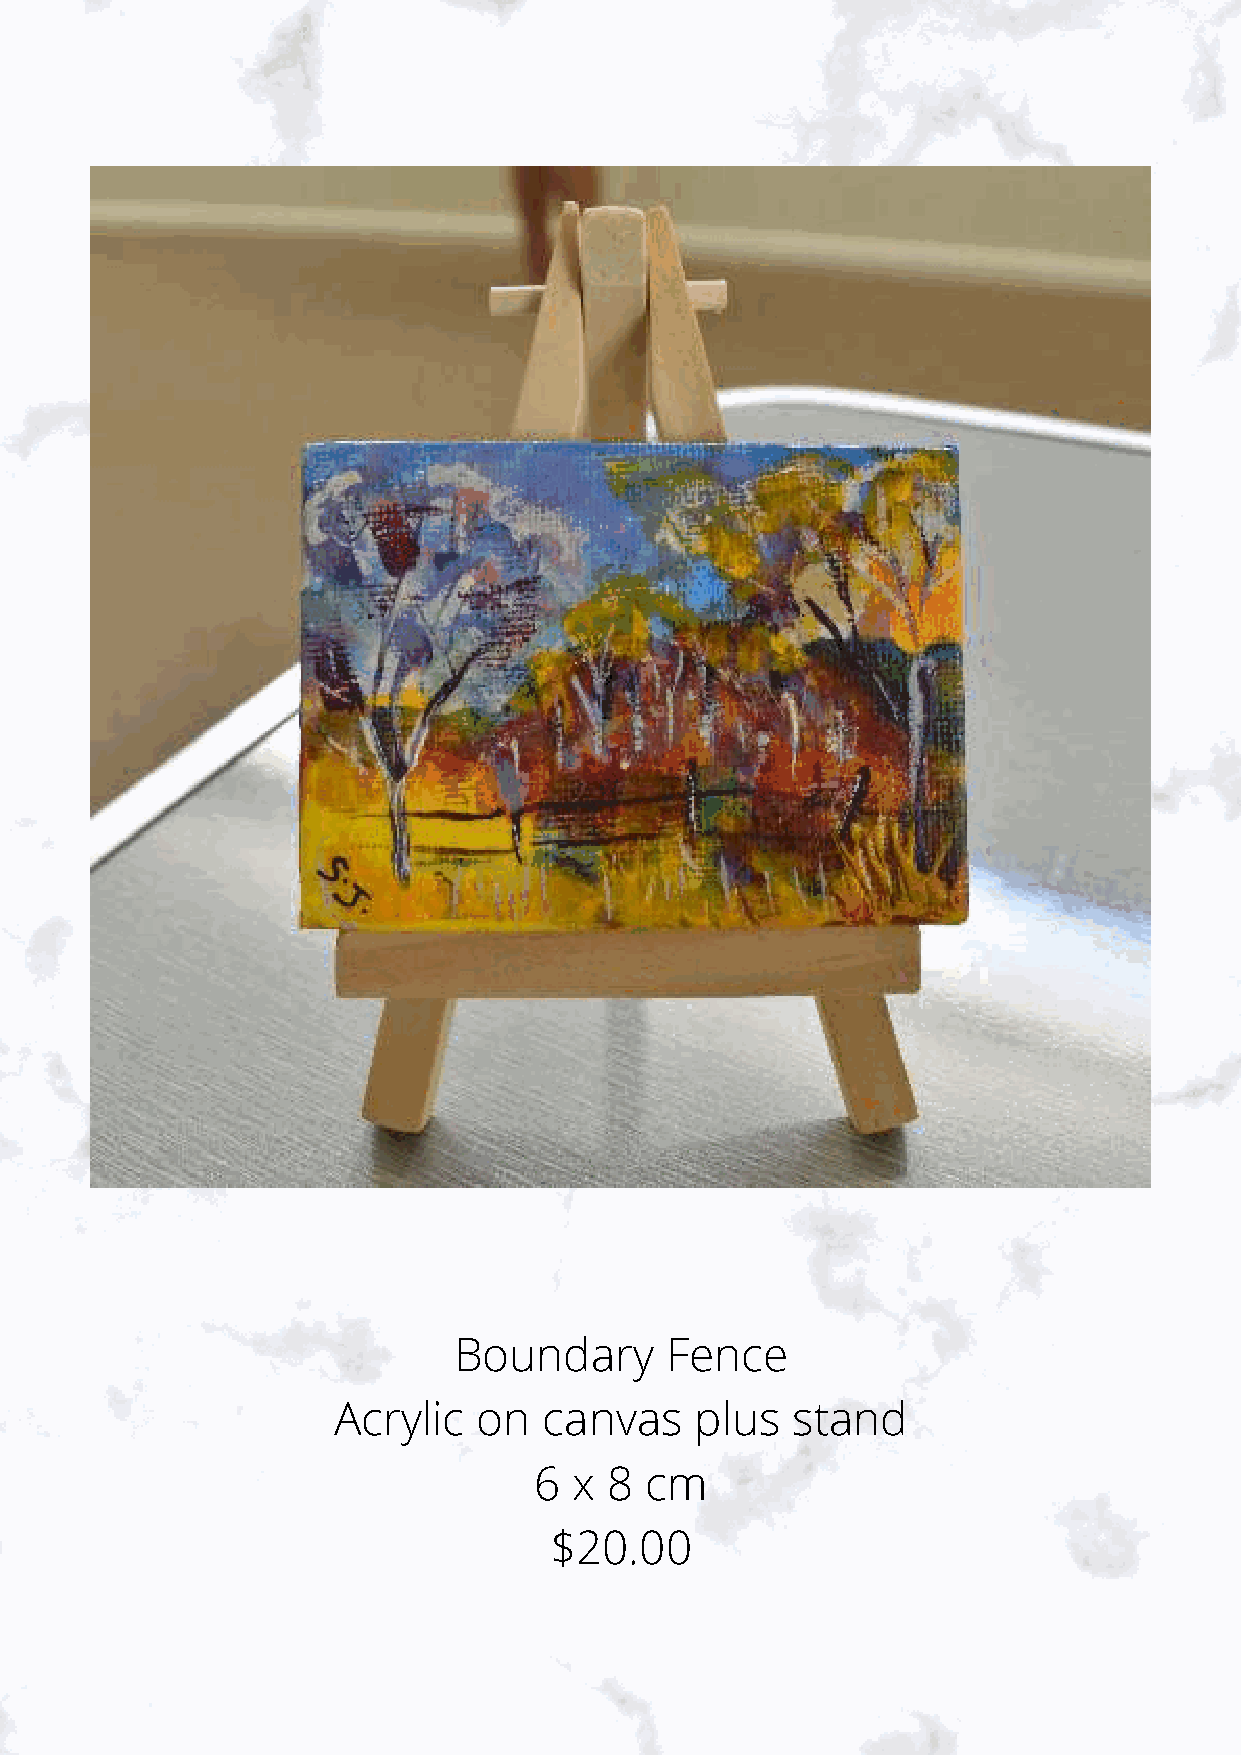
Boundary      Fence
 Acrylic   on  canvas    plus  stand
 6  x 8  cm
 $20.00